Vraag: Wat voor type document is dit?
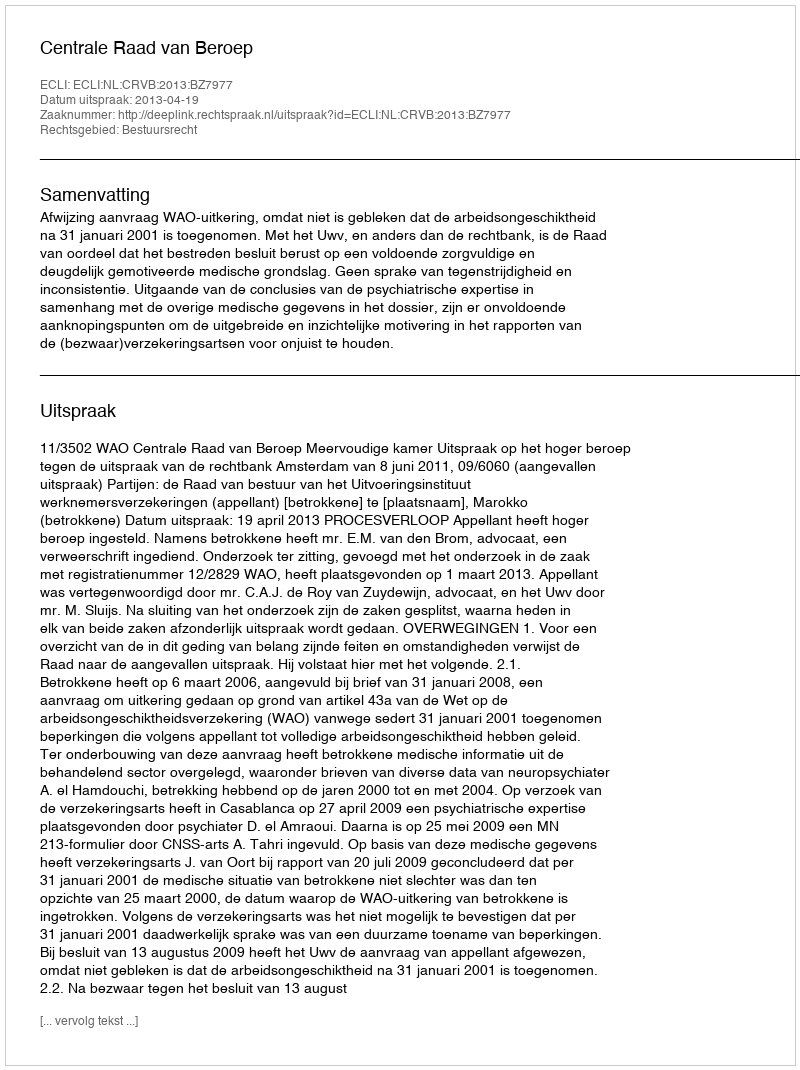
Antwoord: Uitspraak